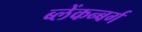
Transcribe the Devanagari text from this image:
ब्लेंकन्बर्ग